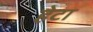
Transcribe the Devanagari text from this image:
हेटा